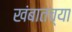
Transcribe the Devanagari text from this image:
खंबातच्या